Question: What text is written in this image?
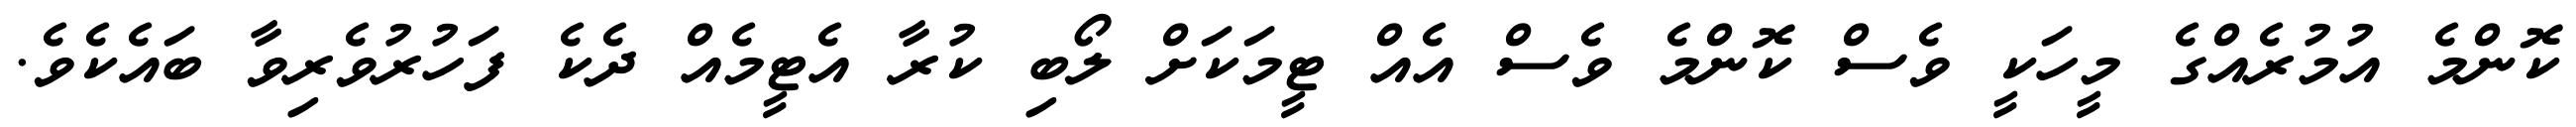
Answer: ކޮންމެ އުމުރެއްގެ މީހަކީ ވެސް ކޮންމެ ވެސް އެއް ޓީމަކަށް ލޯބި ކުރާ އެޓީމެއް ދެކެ ފަހުރުވެރިވާ ބައެކެވެ.